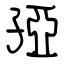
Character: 孲